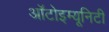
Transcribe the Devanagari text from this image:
ऑटोइम्यूनिटी